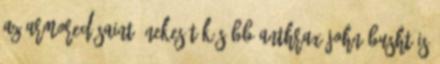
az Armored Saint énekesét később Anthrax John Busht is